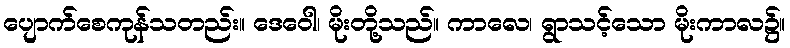
ပျောက်စေကုန်သတည်း။ ဒေဝေါ၊ မိုးတို့သည်။ ကာလေ၊ ရွာသင့်သော မိုးကာလ၌။